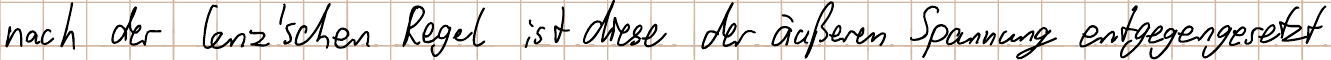
nach der lenz´schen Regel ist diese der äußeren Spannung entgegengesetzt